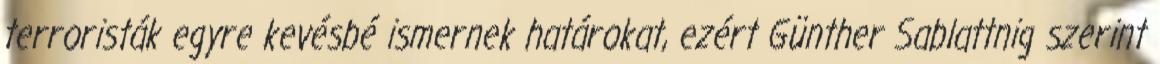
terroristák egyre kevésbé ismernek határokat, ezért Günther Sablattnig szerint